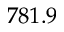
7 8 1 . 9